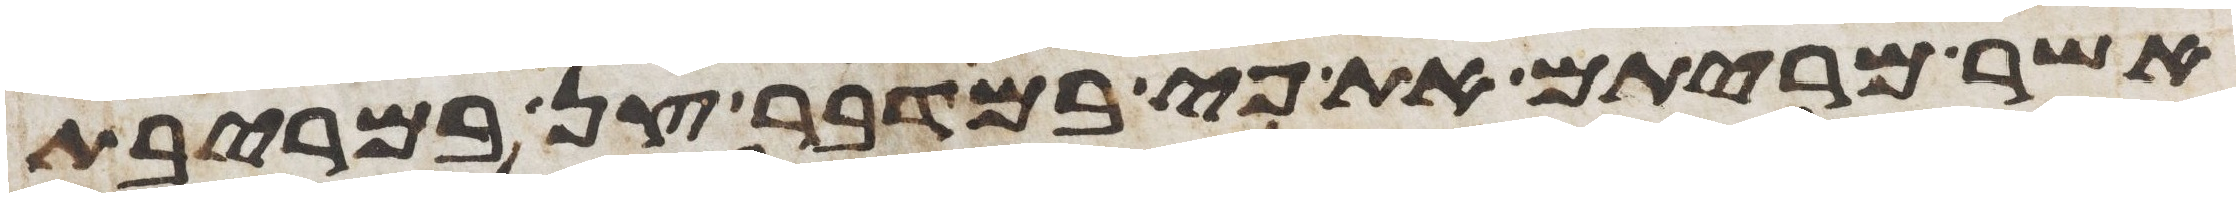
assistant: אשר מריתם את פיי במדבר צן במריבת